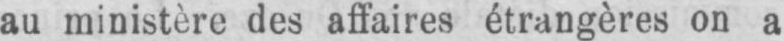
au ministère des affaires étrangères on a